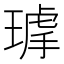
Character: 𤨇